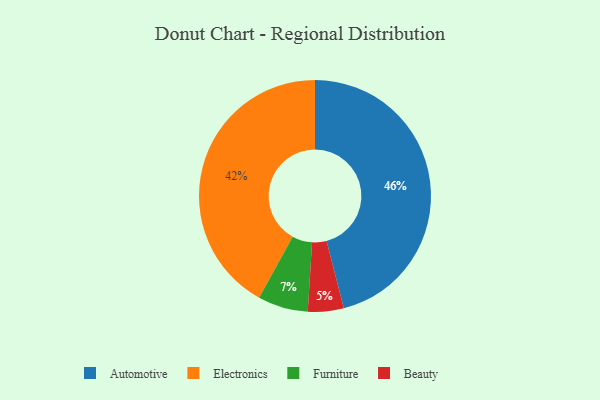
{"axis": {"x": "Category", "y": "Percentage"}, "legend": ["Automotive", "Beauty", "Electronics", "Furniture"], "data": [{"x": "Beauty", "y": 5, "type": "Beauty"}, {"x": "Electronics", "y": 42, "type": "Electronics"}, {"x": "Automotive", "y": 46, "type": "Automotive"}, {"x": "Furniture", "y": 7, "type": "Furniture"}]}